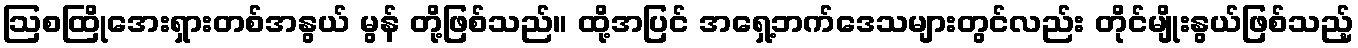
ဩစထြိုအေးရှားတစ်အနွယ် မွန် တို့ဖြစ်သည်။ ထို့အပြင် အရှေ့ဘက်ဒေသများတွင်လည်း တိုင်မျိုးနွယ်ဖြစ်သည့်